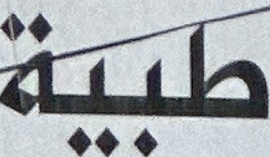
طبية